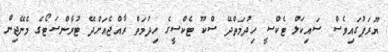
ޔޫރަޕުގައިވެސް ސައިކަލް ޓެކްސީ ހިދުމަތްދޭ ސްކޫ ޓެކްސީގެ ހިދުމަތް ރާއްޖެއަށްދޭ ޓުރާންސަޓޯގެ މެނޭޖިން